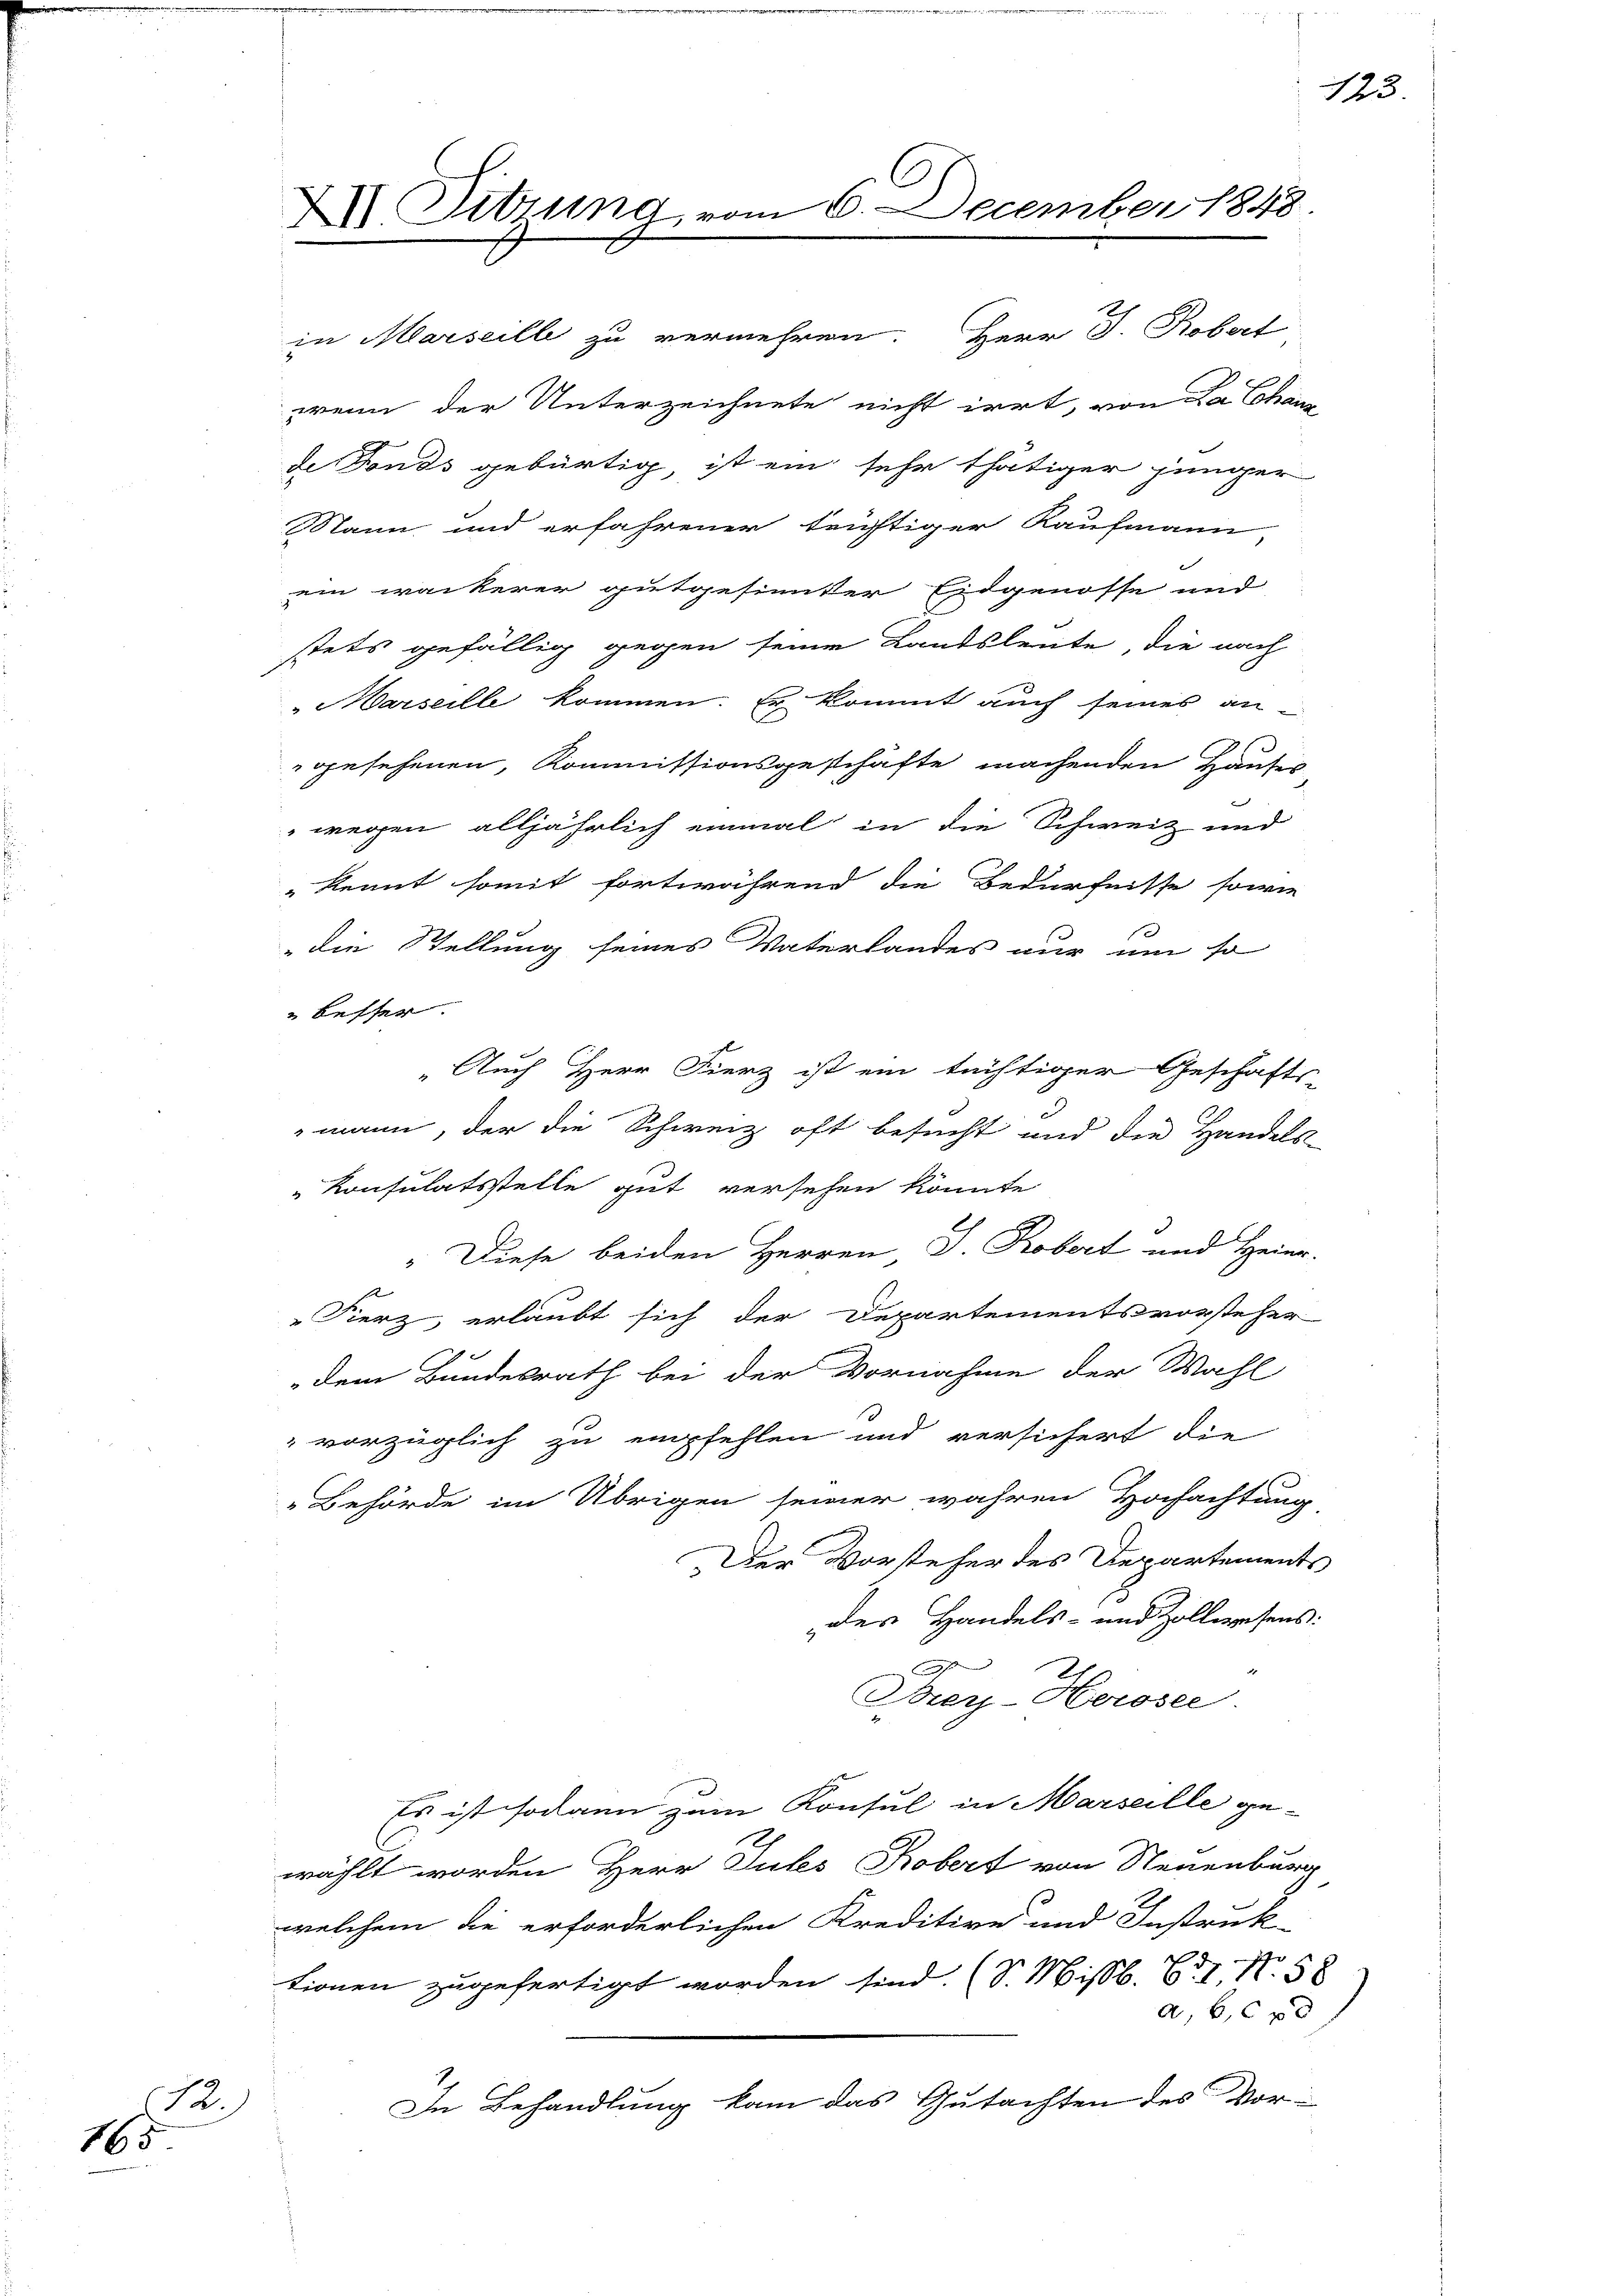
.
165

ein wackerer gutgesinnder Eidgenosse und
stets gefällig gegen seine Landsleute, die nach
Marseille kommen. Es kommt auch seines angesehenen, Kommissionsgeschäfte machenden Hauses
wegen alljährlich einmal in die Schweiz und
kennt somit fortwährend die Bedürfnisse sowie
die Stellung seines Vaterlandes nur um so
Besser.
" Auch Herr Fierz ist ein tüchtiger Geschäfts-
mann, der die Schweiz oft besucht und die Handels-
Konsulatsstelle gut versehen könnte
Diese beiden Herren J. Robert und Heinr.
Fierz, erlaubt sich der Departementsvorsteher
dem Bundesrath bei der Vornahme der Wahl
vorzüglich zu empfehlen und versichert die
Behörde im Übrigen seiner wahren Hochachtung,
Der Vorsteher des Departements
des Handels- und Zollwesens:

Brey-Herosee.
Es ist sodann zum Konsul in Marseille ge-
wählt worden Herr Gutes Kobert von Neuenburg
welchem die erforderlichen Kreditive und Instruk-
tionen zugefertigt worden sind. (S. Missb. 61, N. 58
a, 66 xx
2
In Behandlung kam das Gutachten des Vor¬

XVI. Sitzung, er

in Marseille zu vermehren. Herr J. Robert
wenn der Unterzeichnete nicht irrt, von a Cohan
de Fonds gebürtig ist ein sehr thätiger jünger
Mann und erfahrener trichtiger Kaufmann

6. December 1848

123